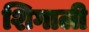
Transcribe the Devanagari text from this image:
शिगाली